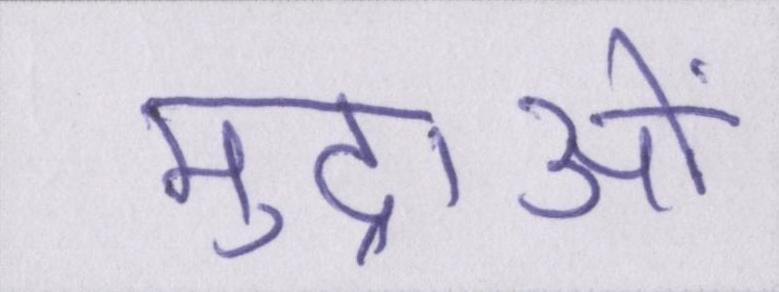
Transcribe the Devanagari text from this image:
मुद्राओं